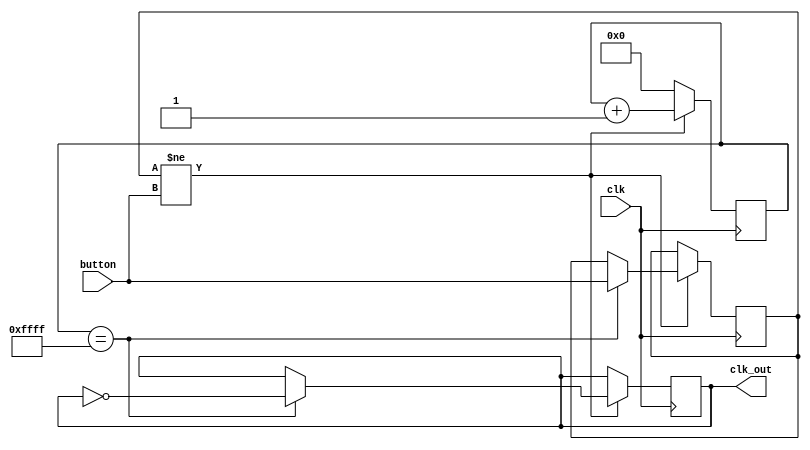

module clock_gen(
	input clk,
	input button,
	output clk_out
);
reg[24:0]cnt;

reg button_prev;
	
reg button_debounced; 

assign clk_out = button_debounced;

always @(posedge clk) begin

	if(button_prev != button) begin
		cnt <= cnt + 1'b1;
		if (cnt == 24'h0ffff) begin
			button_debounced <= ~button_debounced;
			button_prev <= button;
		end
		else;
	end
	else cnt <= 24'h000000;
end

endmodule